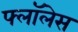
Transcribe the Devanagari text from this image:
फ्लॉलेस